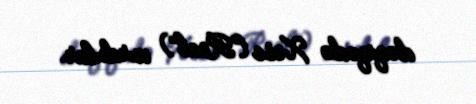
dəqiqədə Xese (“Real”) vurdular.